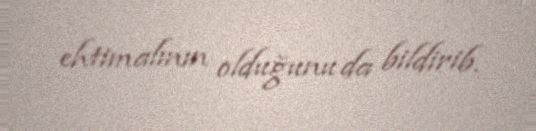
ehtimalının olduğunu da bildirib.